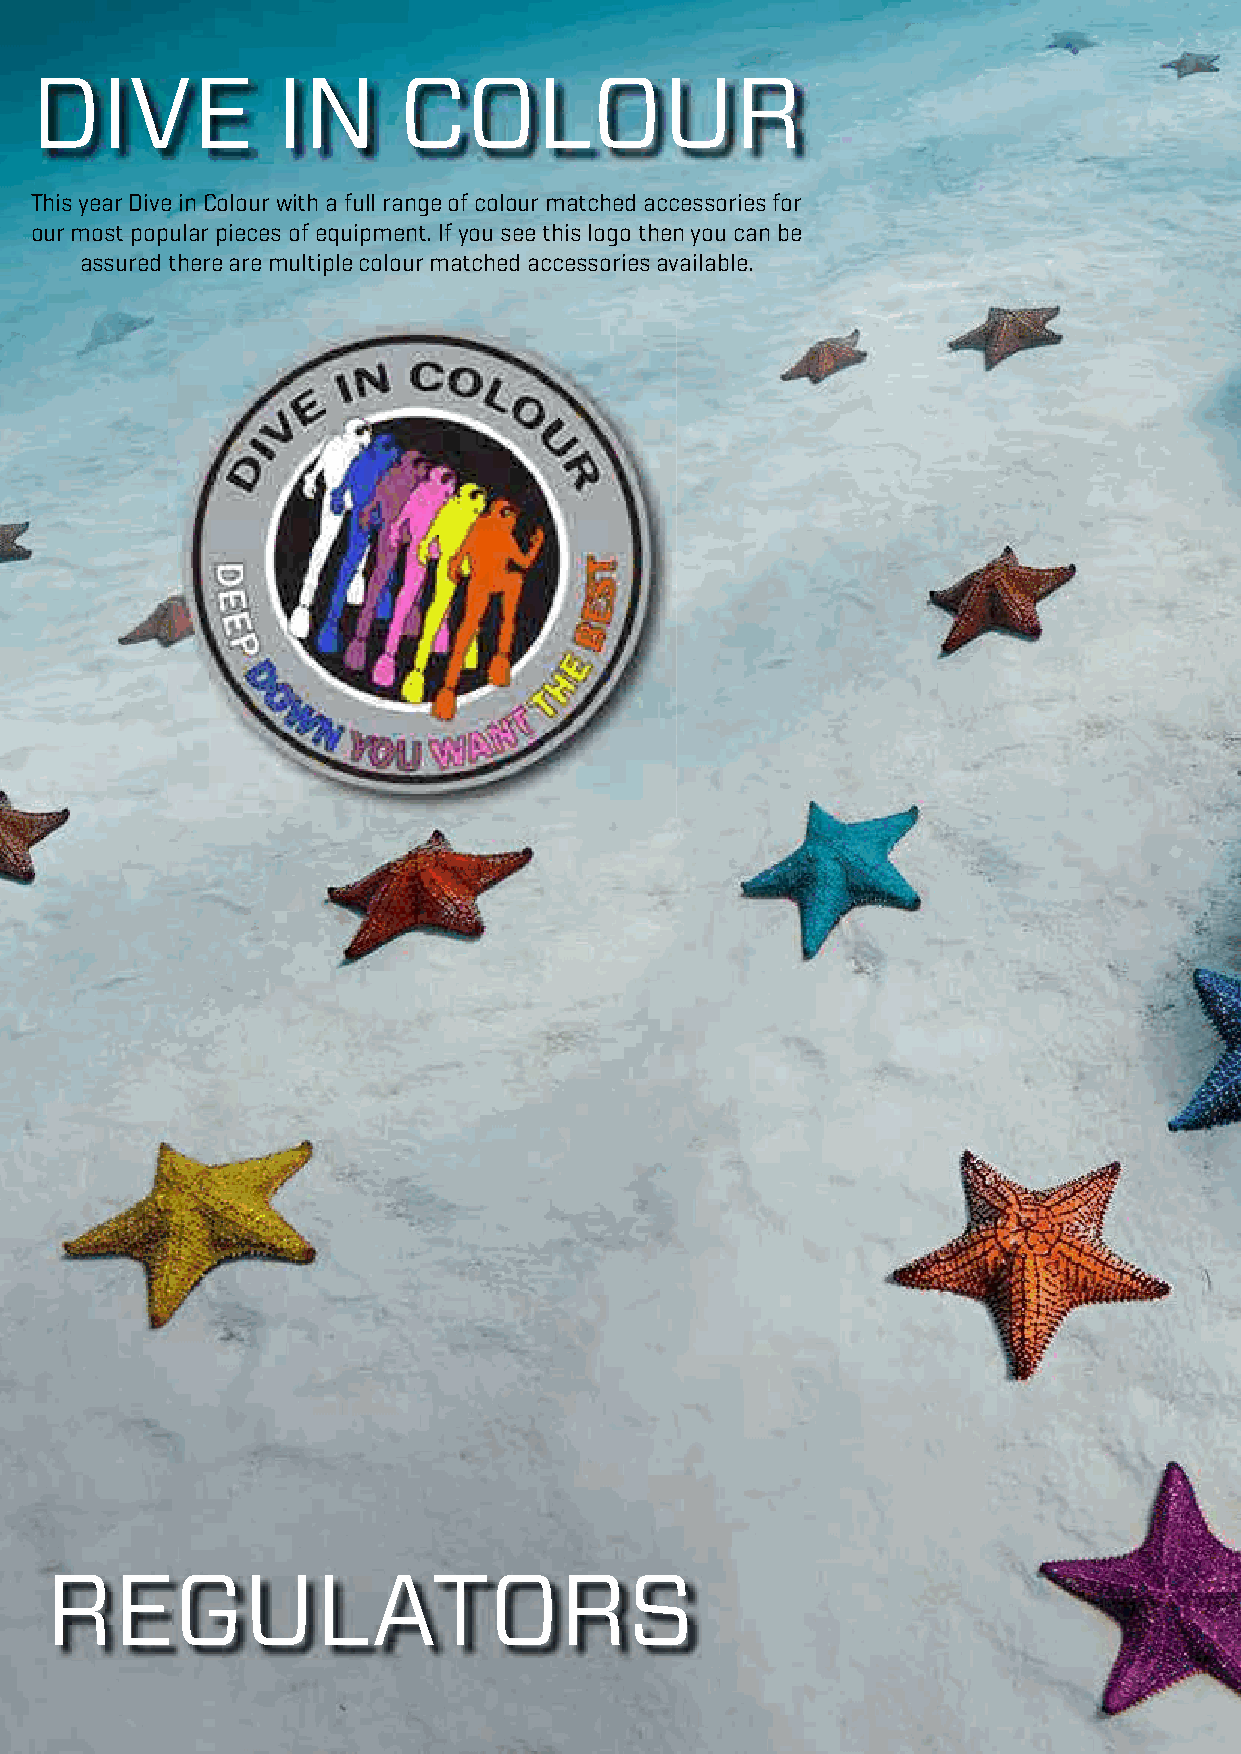
DIVE            IN      COLOUR
 This year Dive in Colour with a full range of colour matched accessories for
 our most popular pieces of equipment. If you see this logo then you can be
 assured there are multiple colour matched accessories available.
 REGULATORS